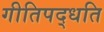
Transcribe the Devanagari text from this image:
गीतिपद्धति